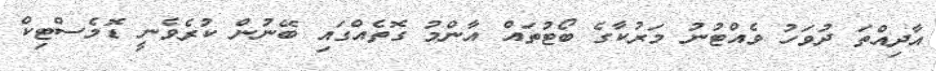
އާދިއްތަ ދުވަހު ވެއްޓުނު މަރުކާގެ ބޯޓުތައް އާންމު ގޮތެއްގައި ބޭނުން ކުރެވެނީ ޑޮމެސްޓިކް